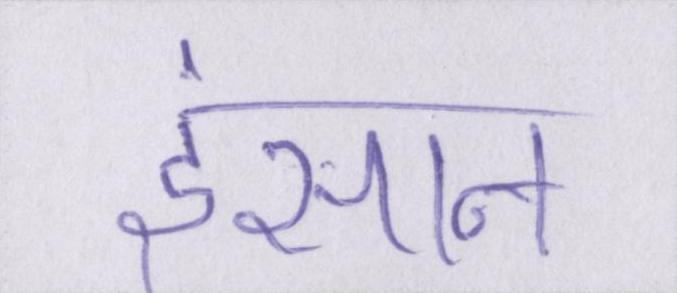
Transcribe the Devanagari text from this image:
इंसान